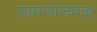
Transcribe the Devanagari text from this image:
समाजाजवळ